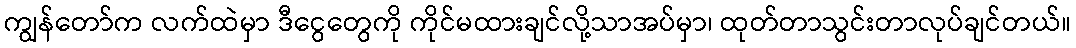
ကျွန်တော်က လက်ထဲမှာ ဒီငွေတွေကို ကိုင်မထားချင်လို့သာအပ်မှာ၊ ထုတ်တာသွင်းတာလုပ်ချင်တယ်။